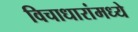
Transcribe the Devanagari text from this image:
विचाधारांमध्ये